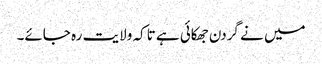
میں نے گردن جھکائی ہے تاکہ ولایت رہ جائے۔